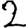
Digit: 2